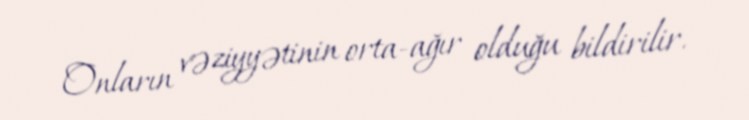
Onların vəziyyətinin orta-ağır olduğu bildirilir.